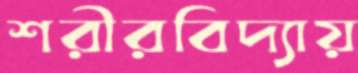
শরীরবিদ্যায়